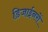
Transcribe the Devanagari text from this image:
डिजाईनरों